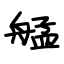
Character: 艋